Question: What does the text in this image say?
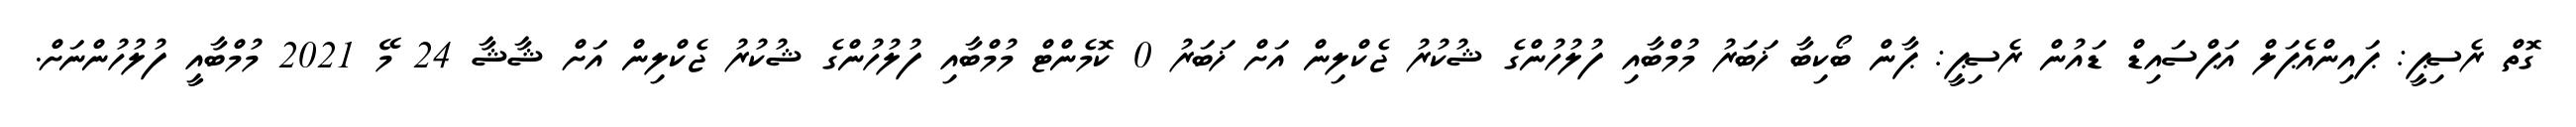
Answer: ގޮތް ރެސިޕީ: ޕައިންއެޕަލް އަޕްސައިޑް ޑައުން ރެސިޕީ: ޕާން ބޯކިބާ ޚަބަރު މުމްބާއި ފުލުހުންގެ ޝުކުރު ޖެކްލިން އަށް ޚަބަރު 0 ކޮމެންޓް މުމްބާއި ފުލުހުންގެ ޝުކުރު ޖެކްލިން އަށް ޝާޝާ 24 މޭ 2021 މުމްބާއީ ފުލުހުންނަށް.